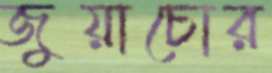
জুয়াচোর